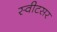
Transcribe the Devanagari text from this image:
स्वीटसर